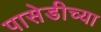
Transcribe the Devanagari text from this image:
पासेडीच्या